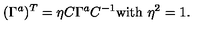
( \Gamma ^ { a } ) ^ { T } = \eta C \Gamma ^ { a } C ^ { - 1 } \mathrm { w i t h } \ \eta ^ { 2 } = 1 .